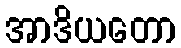
အာဒိယတော